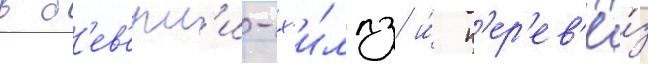
в б'ев'ерл'и-х'и́ллз и́ п'ер'ев'ё́з